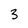
Character: 3